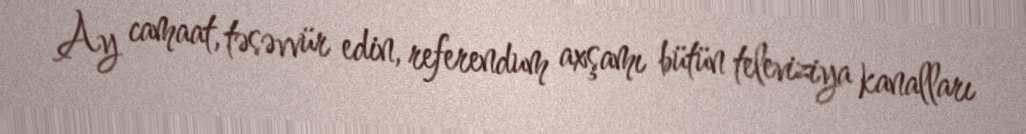
Ay camaat, təsəvvür edin, referendum axşamı bütün televiziya kanalları